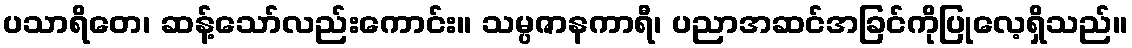
ပသာရိတေ၊ ဆန့်သော်လည်းကောင်း။ သမ္ပဇာနကာရီ၊ ပညာအဆင်အခြင်ကိုပြုလေ့ရှိသည်။